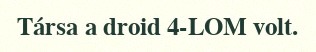
Társa a droid 4-LOM volt.